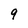
Character: 9